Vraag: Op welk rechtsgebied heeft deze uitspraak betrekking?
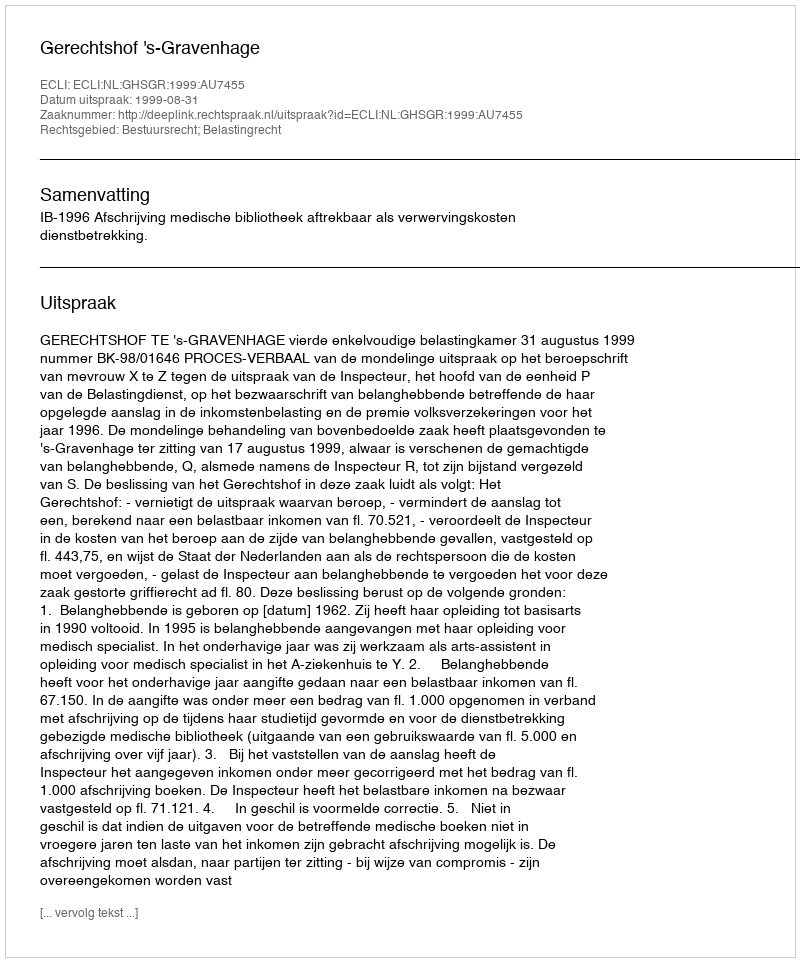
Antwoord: Bestuursrecht; Belastingrecht